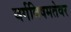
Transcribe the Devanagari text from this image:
वर्गविषमतेवर